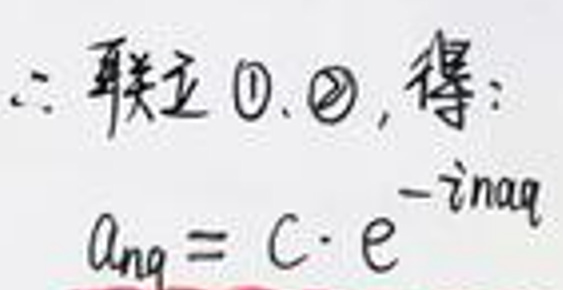
$&\therefore $联立\textcircled{1},\textcircled{2},得:\\
$&a_{nq}=c\cdot e^{-inaq}$